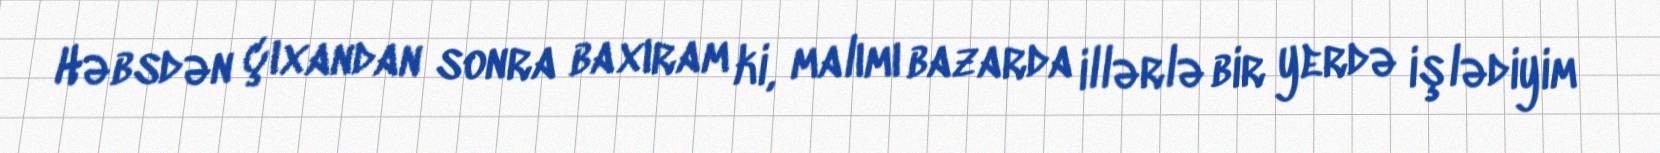
Həbsdən çıxandan sonra baxıram ki, malımı bazarda illərlə bir yerdə işlədiyim